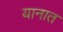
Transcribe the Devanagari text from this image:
यानात